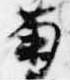
菊